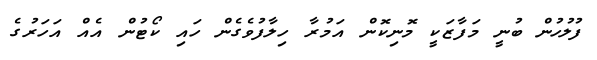
ފުލުހުން ބުނީ މަފާޒަކީ މޮނިކޮން އަމުރާ ހިލާފުވެގެން ހައި ކޯޓުން އެއް އަހަރުގެ